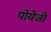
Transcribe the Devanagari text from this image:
पोयेजी